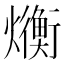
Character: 𬋛